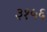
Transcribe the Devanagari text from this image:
३१५६